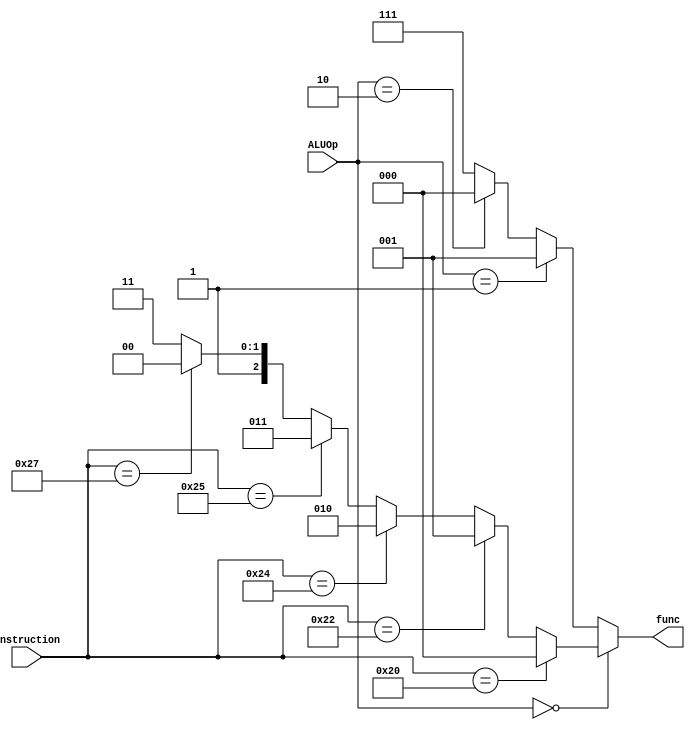
`timescale 1ns / 1ns

module ALU_control(
	 input [5:0] instruction,
	 input [1:0] ALUOp,
	 output reg [2:0] func
    );

 always @(*) begin
	if (ALUOp == 2'b00) begin  
		if (instruction == 6'h20) 
		func = 3'd0;
		else if (instruction == 6'h22)
		func = 3'd1;
		else if (instruction == 6'h24)
		func = 3'd2;
		else if (instruction == 6'h25)
		func = 3'd3;
		else if (instruction == 6'h27)
		func = 3'd4;
		else
		func = 3'd7;
	end else if (ALUOp == 2'b01) begin
		func = 3'd1;
	end else if (ALUOp == 2'b10) begin
		func = 3'd0;
	end else begin
		func = 3'd7;
	end
   end


endmodule